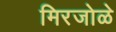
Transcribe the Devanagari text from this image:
मिरजोळे